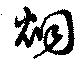
烟